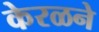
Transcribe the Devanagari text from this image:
केरळने